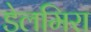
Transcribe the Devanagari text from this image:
डेलमिरा